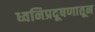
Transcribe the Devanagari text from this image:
ध्वनिप्रदूषणातून